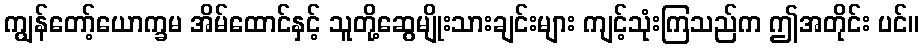
ကျွန်တော့်ယောက္ခမ အိမ်ထောင်နှင့် သူတို့ဆွေမျိုးသားချင်းများ ကျင့်သုံးကြသည်က ဤအတိုင်း ပင်။